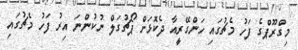
މިގްރޫޕްގެ ފަހު މެޗުގައި ހަންގޭރީއާ ދެކޮޅަށް ޕޯޗުގަލް ނުކުންނަ އިރު ފަހު މެޗުގައި